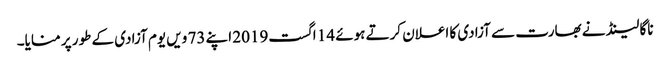
ناگا لینڈ نے بھارت سے آزادی کا اعلان کرتے ہوئے 14 اگست2019 اپنے 73 ویں یوم آزادی کے طور پر منایا۔